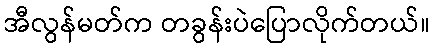
အီလွန်မတ်က တခွန်းပဲပြောလိုက်တယ်။